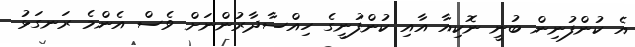
އެ ކުންފުނިން ބުނީ ނޮކިއާ އާއި ކުންފުނީގެ ހިއްސާދާރުންނަށް ވެސް އެންމެ ރަނގަޅު